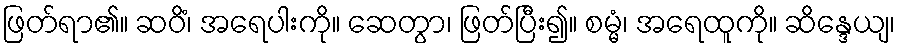
ဖြတ်ရာ၏။ ဆဝိံ၊ အရေပါးကို။ ဆေတွာ၊ ဖြတ်ပြီး၍။ စမ္မံ၊ အရေထူကို။ ဆိန္ဒေယျ၊